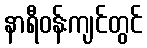
နာရီဝန်းကျင်တွင်